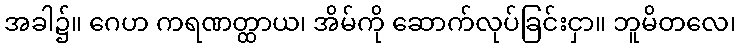
အခါ၌။ ဂေဟ ကရဏတ္ထာယ၊ အိမ်ကို ဆောက်လုပ်ခြင်းငှာ။ ဘူမိတလေ၊